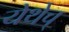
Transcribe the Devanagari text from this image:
येथेच्